Civil Veterinary Dept. Bombay admin report 1914-1922 - 1914-1922
Year: 1914
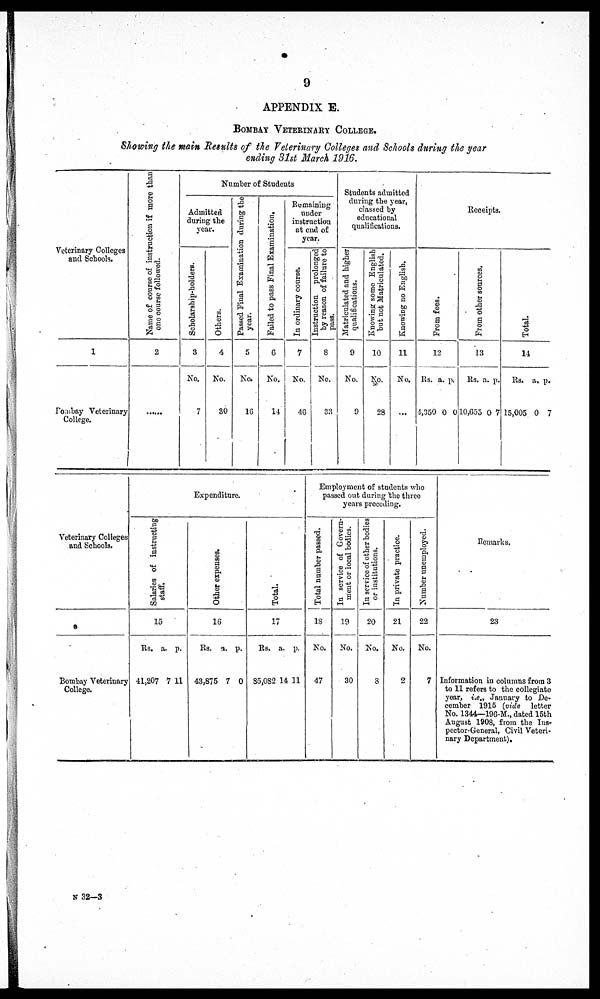
9
APPENDIX E.
BOMBAY VETERINARY COLLEGE.
Showing the main Results of the Veterinary Colleges and Schools during the year
ending 31st March 1916.
Veterinary Colleges
and Schools.
1
Bombay Veterinary
College.
Name of course of instruction if more than
one course followed.
2
......
Number of Students
Admitted
during the
year.
Scholarship-holders.
3
No.
7
Others.
4
No.
30
Passed Final Examination during the
year.
5
No.
16
Failed to pass Final Examination.
6
No.
14
Remaining
under
instruction
at end of
year.
In ordinary course.
7
No.
46
Instruction
prolonged
by reason of failure to
pass.
8
No.
33
Students admitted
during the year,
classed by
educational
qualifications.
Matriculated and higher
qualifications.
9
No.
9
Knowing some English
but not Matriculated.
10
No.
28
Knowing
no English.
11
No.
...
Receipts.
Fr om fees.
12
Rs.
4,350
a.
0
p.
0
Fr om other sources.
13
Rs.
10,655
a.
0
p.
7
Total.
14
Rs.
15,005
a.
0
p.
7
Veterinary Colleges
and Schools.
Bombay Veterinary
College.
Expenditure.
Salaries of i
ns t
r uct i
ng
staff.
15
Rs.
41,207
a.
7
p.
11
Ot her expenses.
16
Rs.
43,875
a.
7
p.
0
Total.
17
Rs.
85,082
a.
14
p.
11
Employment of students who
passed out during the three
years preceding.
Total number passed.
18
No.
47
In service of Govern-
ment or local bodies.
19
No.
30
In service of other bodies
or institutions.
20
No.
8
In private practice.
21
No.
2
Number unemployed.
22
No.
7
Remarks.
23
Information in columns from 3
to 11 refers to the collegiate
year, i.e., January to De-
cember 1915 (vide letter
No. 1344—196-M., dated 15th
August 1908, from the Ins-
pector-General, Civil Veteri-
nary Department).
N 32—3